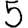
Digit: 5